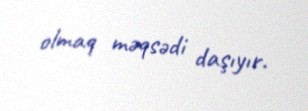
olmaq məqsədi daşıyır.